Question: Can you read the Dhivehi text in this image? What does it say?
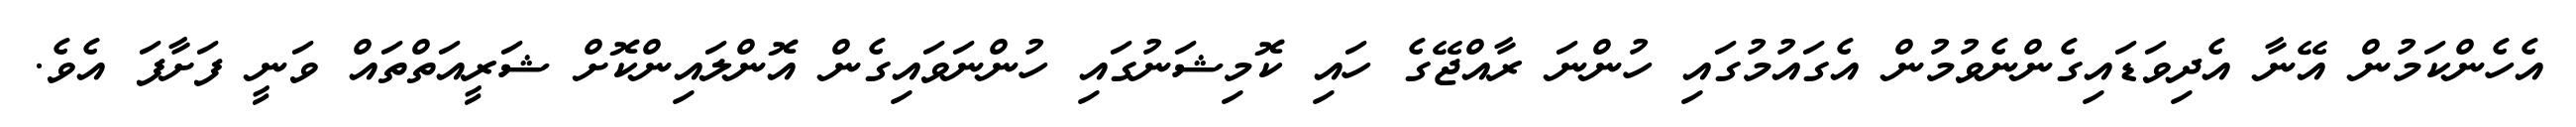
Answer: އެހެންކަމުން އޭނާ އެދިވަޑައިގެންނެވުމުން އެގައުމުގައި ހުންނަ ރާއްޖޭގެ ހައި ކޮމިޝަނުގައި ހުންނަވައިގެން އޮންލައިންކޮށް ޝަރީއަތްތައް ވަނީ ފަށާފަ އެވެ.